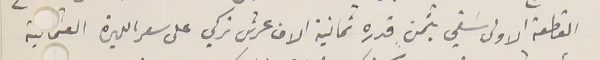
القطعة الاولى سَقي بثمن قدره ثمانية الاف عرش تركي على سعر الليرة العثماىية